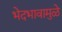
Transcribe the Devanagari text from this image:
भेदभावामुळे